Report of the Indian Hemp Drugs Commission, 1894-1895 - Volume VII
Year: 1894
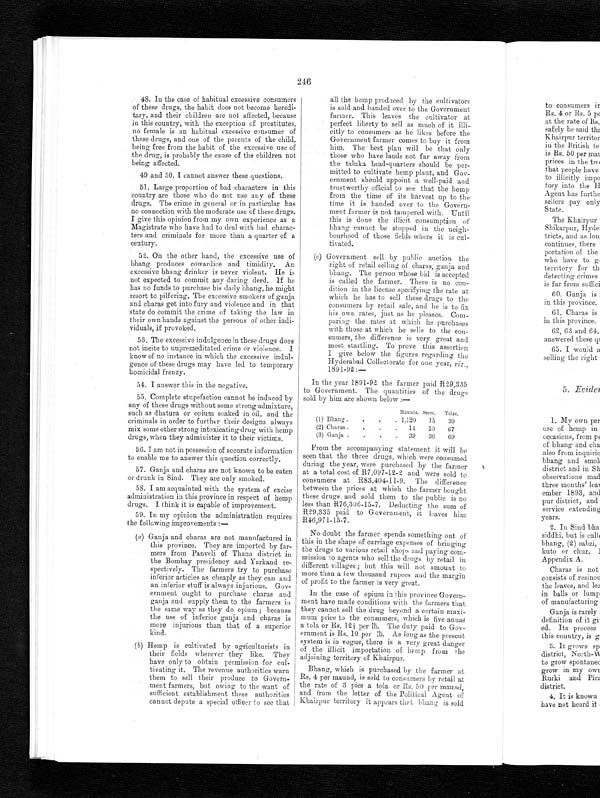
246
48. In the case of habitual excessive consumers
of these drugs, the habit does not become heredi
-tary, and their children are not affected, because
in this country, with the exception of prostitutes,
no female is an habitual excessive consumer of
these drugs, and one of the parents of the child,
being free from the habit of the excessive use of
the drug, is probably the cause of the children not
being affected.
49 and 50. I cannot answer these questions.
51. Large proportion of bad characters in this
country are those who do not use any of these
drugs. The crime in general or in particular has
no connection with the moderate use of these drugs.
I give this opinion from my own experience as a
Magistrate who have had to deal with bad charac
-ters and criminals for more than a quarter of a
century.
52. On the other hand, the excessive use of
bhang produces cowardice and timidity. An
excessive bhang drinker is never violent. He is
not expected to commit any daring deed. If he
has no funds to purchase his daily bhang, he might
resort to pilfering. The excessive smokers of ganja
and charas get into fury and violence and in that
state do commit the crime of taking the law in
their own hands against the persons of other indi
-viduals, if provoked.
53. The excessive indulgence in these drugs does
not incite to unpremeditated crime or violence. I
know of no instance in which the excessive indul
-gence of these drugs may have led to temporary
homicidal frenzy.
54. I answer this in the negative.
55. Complete stupefaction cannot be induced by
any of these drugs without some strong admixture,
such as dhatura or opium soaked in oil, and the
criminals in order to further their designs always
mix some other strong intoxicating drug with hemp
drugs, when they administer it to their victims.
56. I am not in possession of accurate information
to enable me to answer this question correctly.
57. Ganja and charas are not known to be eaten
or drunk in Sind. They are only smoked.
58. I am acquainted with the system of excise
administration in this province in respect of hemp
drugs. I think it is capable of improvement.
59. In my opinion the administration requires
the following improvements : —
(a) Ganja and charas are not manufactured in
this province. They are imported by far
- m e r s f r o m P a n v e l i o f T h a n a d i s t r i c t i n
the Bombay presidency and. Yarkand re
- s p e c t i v e l y . T h e f a r m e r s t r y t o p u r c h a s e
inferior articles as cheaply as they can and
an inferior stuff is always injurious. Gov
- e r n m e n t o u g h t t o p u r c h a s e c h a r a s a n d
g a n j a , a n d s u p p l y t h e m t o t h e f a r me r s i n
the same way as they do opium ; because
the use of inferior ganja and charas is
more injurious than that of a superior
kind.
(b) Hemp is cultivated by agriculturists in
their fields wherever they like. They
have only to obtain permission for cul
- t i v a t i n g i t . T h e r e v e n u e a u t h o r i t i e s w a r n
them to sell their produce to Govern
- m e n t f a r m e r s , b u t o w i n g t o t h e w a n t o f
sufficient establishment these authorities
cannot depute a special officer to see that
all the hemp produced . by the cultivators
is sold and handed over to the Government
farmer. This leaves the cultivator at
perfect liberty to sell as much of it
i l l i c i t l y t o c o n s u m e r s a s h e l i k e s b e f o r e t h e
Government farmer comes to buy it from
him. The best plan will be that only
those who have lands not far away from
the taluka head-quarters should be per
-mitted to cultivate hemp plant, and Gov
- e r n m e n t s h o u l d a p p o i n t a w e l l - p a i d a n d
trustworthy official to see that the hemp
from the time of its harvest up to the
time it is handed over to the Govern
- m e n t f a r m e r i s n o t t a m p e r e d w i t h . U n t i l
this is done the illicit consumption of
bhang cannot be stopped in the neigh
-bourhood of those fields where it is cul
- t i v a t e d .
(c) Government sell by public auction the
right of retail selling of charas, ganja
bhang. The person whose bid is accepted
is called the farmer. There is no con
-dition in the license specifying the rate at
which he has to sell these drugs to the
consumers by retail sale, and he is to fix
his own rates, just as he pleases. Com
-paring the rates at which he purchases
with those at which he sells to the con
-sumers, the difference is very great and
most startling. To prove this assertion
I give below the figures regarding the
Hyderabad Collectorate, for one year, viz.,
1891-92 :
—
In the year 1891-92 the farmer paid R29,335
to Government. The quantities of the drugs
sold by him are shown below :—
Manuds. Seers.
Tolas.
(1) Bhang .
1,120
15
39
(2) Charas
14
10
67
(3) Ganja
.39
36
69
From the accompanying statement it will be
seen that the three drugs, which were consumed
during the year, were purchased by the farmer
at a total cost of R7,097-12-2 and were sold to
consumers at R83,404-11-9. The difference
between the prices at which the farmer bought
these drugs and sold them to the public is no
less than R76,306-15-7. Deducting the sum of
R29,335 paid to Government, it leaves him
R46,971-15-7.
No doubt the farmer spends something out of
this in the shape of carriage expenses of bringing
the drugs to various retail shops and paying com
-mission to agents who sell the drugs by retail in
different villages ; but this will not amount to
more than a few thousand rupees and the margin
of profit to the farmer is very great.
In the case of opium in this province Govern
-ment have made conditions with the farmers that
they cannot sell the drug beyond a certain maxi
-mum price to the consumers, which is five annas
a tola or Rs. 12½ per lb. The duty paid to Gov
-ernment is Rs. 10 .per lb.. As long as the present
system is in vogue, there is a very great danger
of the illicit importation of hemp from the
adjoining territory of Khairpur.
Bhang, which is purchased by the farmer at
Rs. 4 per maund, is sold to consumers by retail at
the rate of 3 pies a tola or Rs. 50 per maund,
and from the letter of the Political Agent of
Khairpur territory it appears that bhang is sold